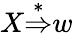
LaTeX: X{\stackrel{*}{\Rightarrow}}w